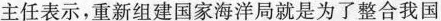
主任表示，重新组建国家海洋局就是为了整合我国